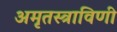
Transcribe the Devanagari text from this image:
अमृतस्त्राविणी